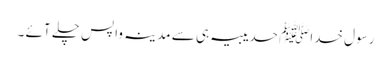
رسول خداﷺ حدیبیہ ہی سے مدینہ واپس چلے آئے ۔